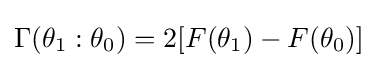
\Gamma (\theta _{1}:\theta _{0})=2[F(\theta _{1})-F(\theta _{0})]